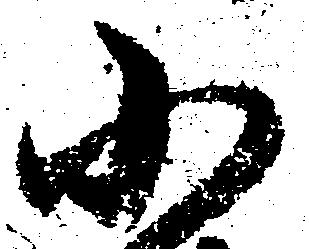
小